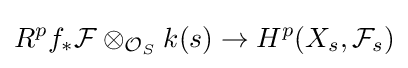
R^{p}f_{*}{\mathcal {F}}\otimes _{{\mathcal {O}}_{S}}k(s)\to H^{p}(X_{s},{\mathcal {F}}_{s})